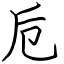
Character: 卮